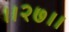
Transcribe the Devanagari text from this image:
।।२७।।